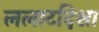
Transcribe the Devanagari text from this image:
ललाटदिशा